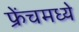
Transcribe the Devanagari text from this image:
फ्रेंचमध्ये